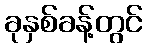
ခုနှစ်ခန့်တွင်